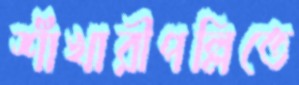
শাঁখারীপল্লিতে